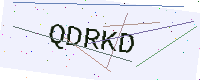
Text: QDRKD